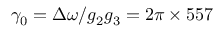
\gamma _ { 0 } = \Delta \omega / g _ { 2 } g _ { 3 } = 2 \pi \times 5 5 7